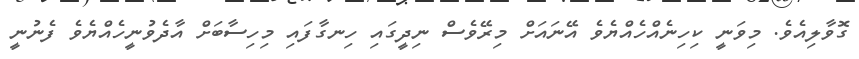
ގޮވާލިއެވެ. މިވަނީ ކިހިނެއްހެއްޔެވެ އޭނައަށް މިރޭވެސް ނިދީގައި ހިނގާފައި މިހިސާބަށް އާދެވުނީހެއްޔެވެ ފެނުނީ